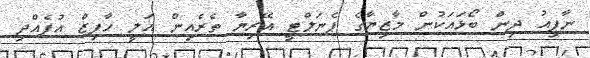
ނާފިއު ދިން ބޯޅައަކުން މާޒިޔާގެ ޕެނަލްޓީ އޭރިޔާ ތެރެއިން އަލީ ހާފިޒް އުފެއްދި